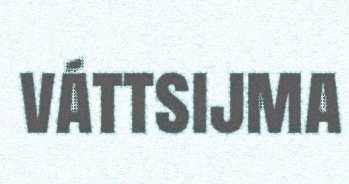
váttsijma